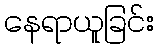
နေရာယူခြင်း